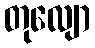
တုလျော